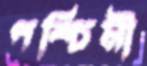
পশ্চিমী